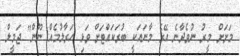
މަށަށް މީރު ނުވެދާނެ އޭގެ މާނައަކީ ބުރަކައްޓަށް ވަޅި ހަރާލުމެއް ނޫން" ޖަމީލް